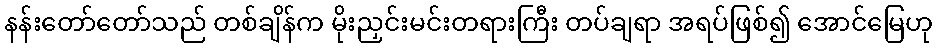
နန်းတော်တော်သည် တစ်ချိန်က မိုးညှင်းမင်းတရားကြီး တပ်ချရာ အရပ်ဖြစ်၍ အောင်မြေဟု